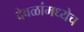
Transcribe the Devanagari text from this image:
देवळांमध्येच